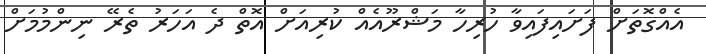
އެއްގޮތަށް ފަށައިފައިވާ ހުރިހާ މަޝްރޫއެއް ކުރިއަށް އޮތް ދެ އަހަރު ތެރޭ ނިންމުމަށް